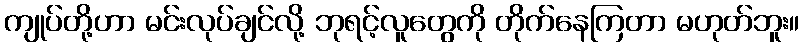
ကျုပ်တို့ဟာ မင်းလုပ်ချင်လို့ ဘုရင့်လူတွေကို တိုက်နေကြတာ မဟုတ်ဘူး။